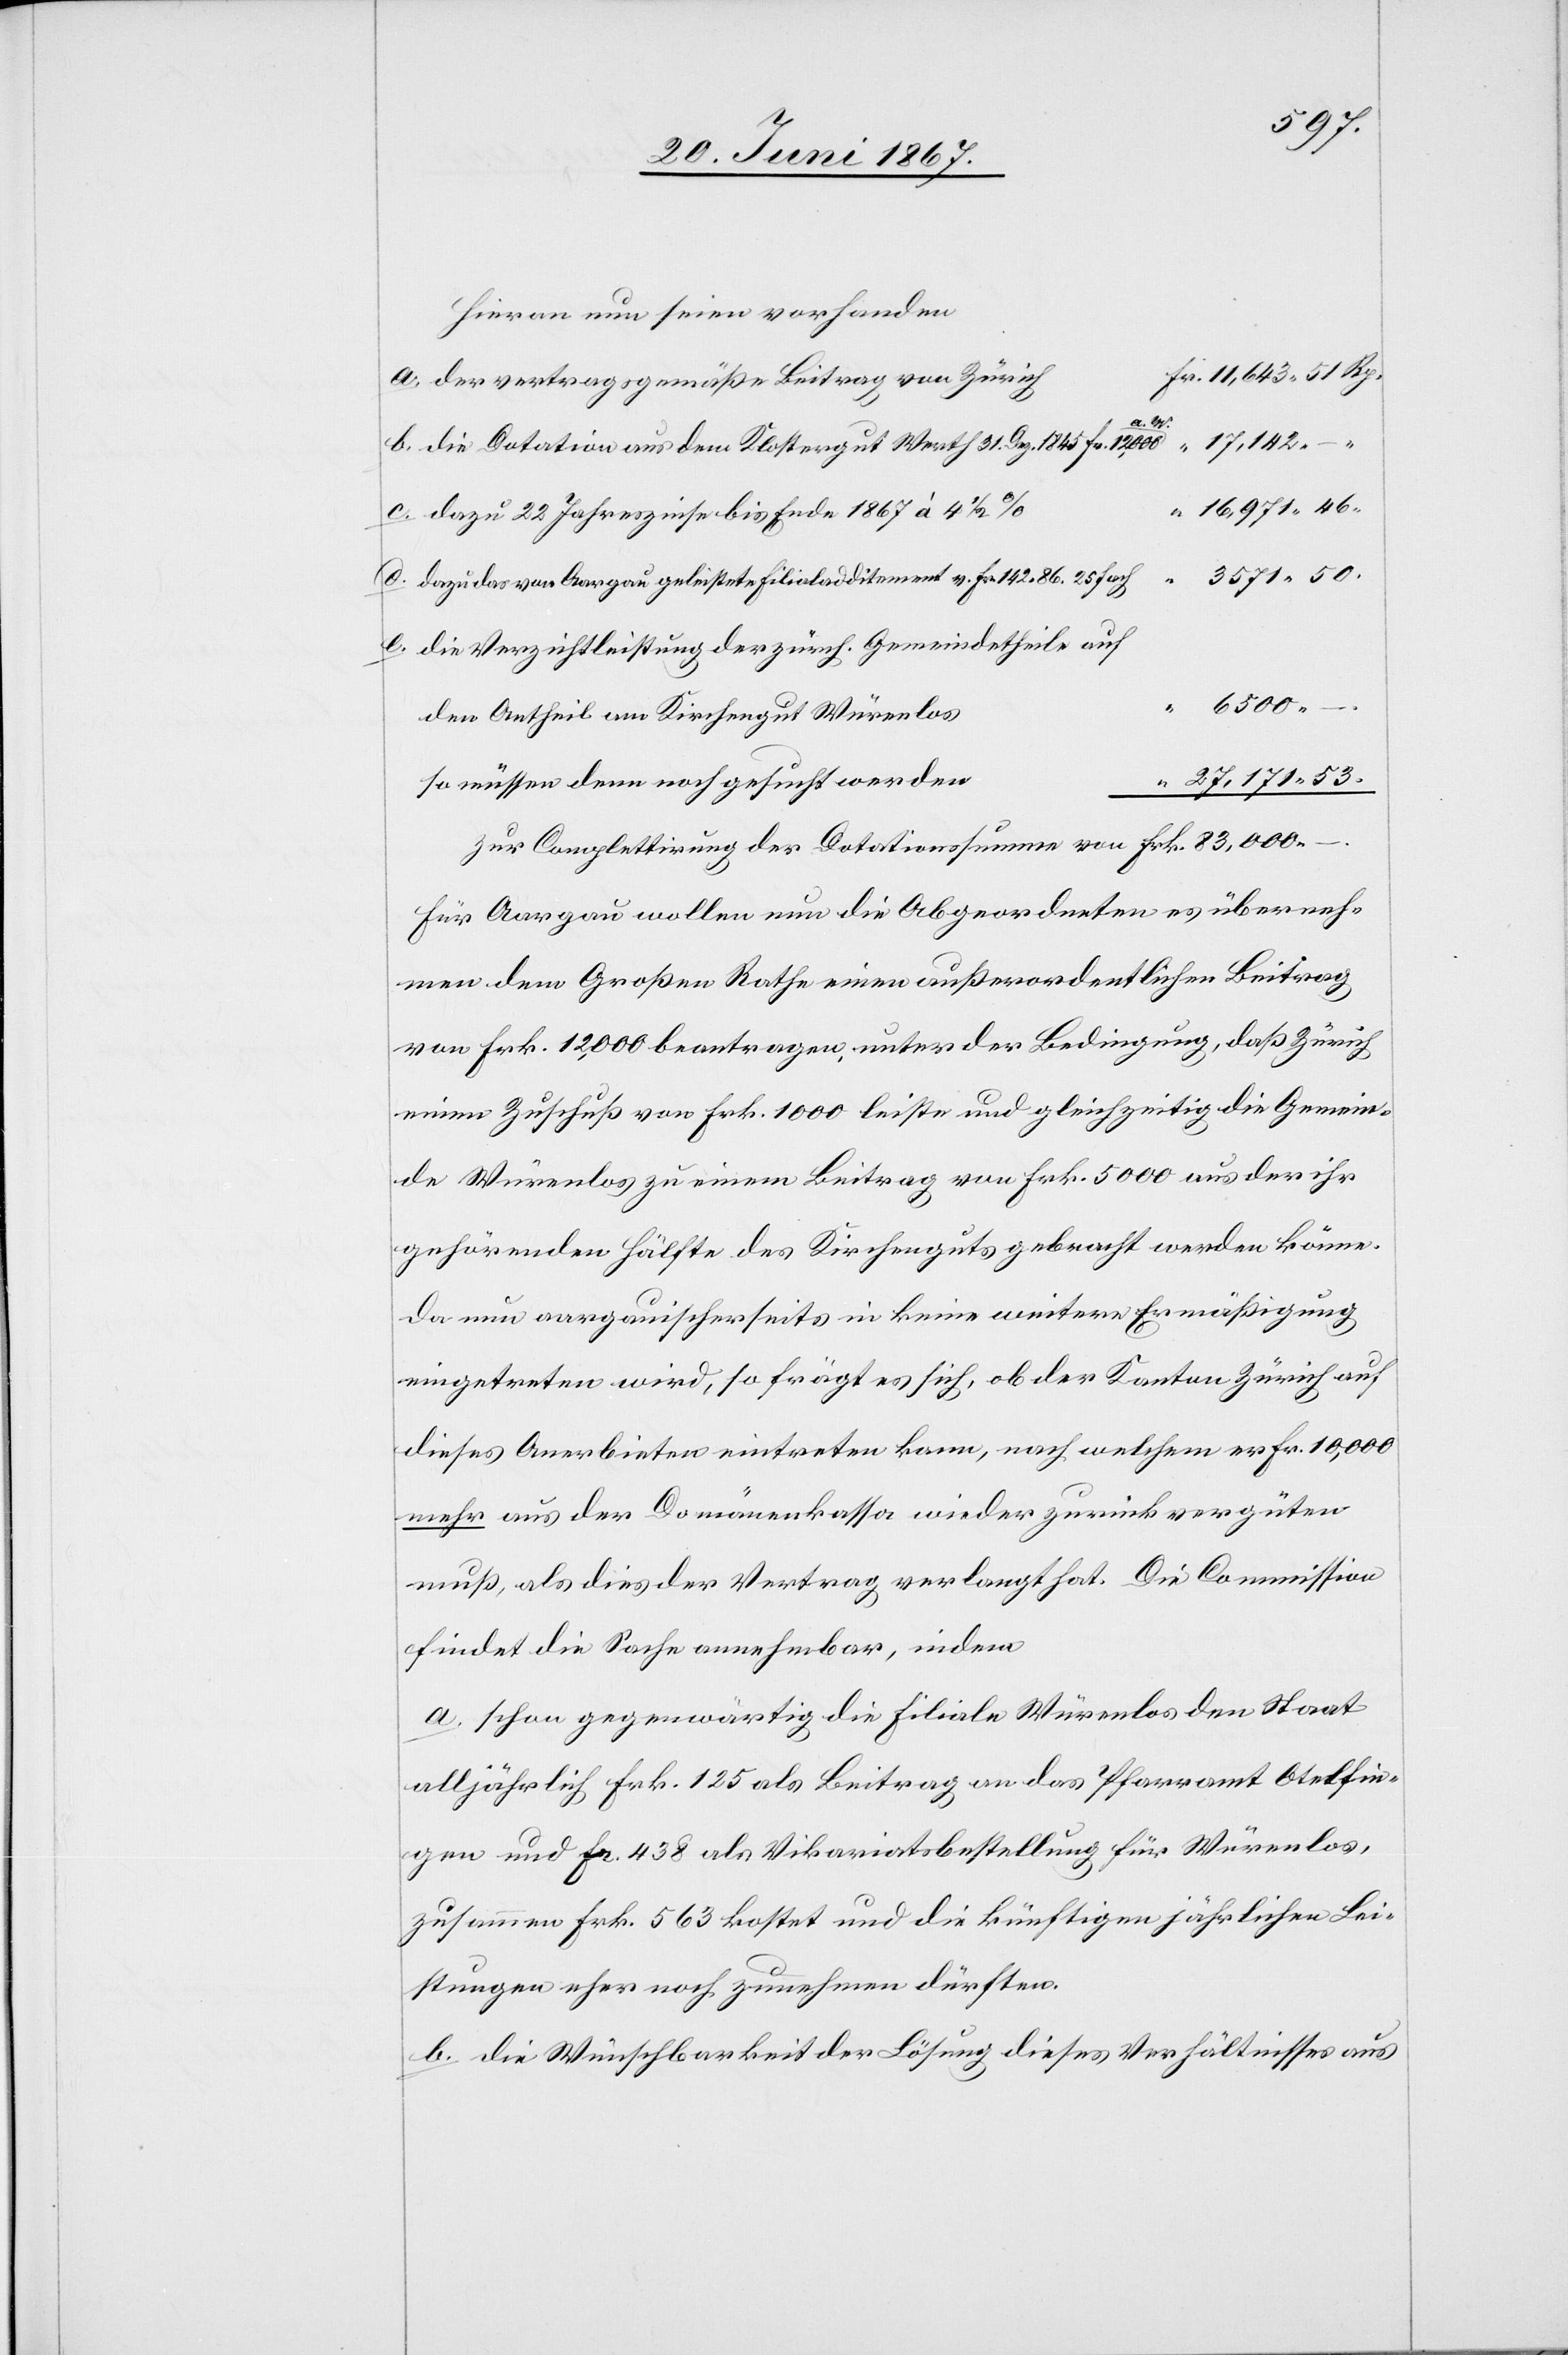
643.51.
hievon nun seien vorhanden:
a. der vertragsgemäße Beitrag von Zürich
aw
17 142.–
b. die Dotation aus dem Klostergut Werth [31. Dez. 1845 fr. 12 000
16 871.46.
c. dazu 22 Jahreszinse bis Ende 1867 à 4 ½%
3571.50.
d. dazu das von Aargau geleistete Filialadditement v. Fr. 142.86 f.
e. die Verzichtleistung der zürch. Gemeindetheile auf
“
6500.–.
den Antheil am Kirchengut Würenlos
“ 27 171.53.
so müssen denn nach gesucht werden
zur Completirung der Dotationssumme von Frk. 83 000.–.
Für Aargau wollen nun die Abgeordneten es überneh¬
men dem Großen Rathe einen außerordentlichen Beitrag
von Frk. 12 000 [zu] beantragen, unter der Bedingung, daß Zürich
einen Zuschuß von Frk. 1000 leiste und gleichzeitig die Gemein¬
de Würenlos zu einem Beitrag von Frk. 5000 aus der ihr
zugehörenden Hälfte des Kirchenguts gebracht werden könne.
Da nun aargauischerseits in keine weitere Ermäßigung
eingetreten wird, so frägt es sich, ob der Kanton Zürich auf
dieses Anerbieten eintreten kann, nach welchem er Fr. 10 000
mehr aus der Domänenkasse wieder zurückvergüten
muß, als dies der Vertrag verlangt hat. Die Commission
findet die Sache annehmbar, indem
a. schon gegenwärtig die Filiale Würenlos den Staat
alljährlich Frk. 125 als Beitrag an das Pfarramt Otelfin¬
gen und Frk. 438 als Vikariatsbestellung für Würenlos,
zusammen Frk. 563 kostet und die künftigen jährlichen Lei¬
stungen eher nach zunehmen dürften.
b. die Wünschbarkeit der Lösung dieses Verhältnisses aus